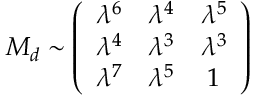
M _ { d } \sim \left( \begin{array} { c c c } { { \lambda ^ { 6 } } } & { { \lambda ^ { 4 } } } & { { \lambda ^ { 5 } } } \\ { { \lambda ^ { 4 } } } & { { \lambda ^ { 3 } } } & { { \lambda ^ { 3 } } } \\ { { \lambda ^ { 7 } } } & { { \lambda ^ { 5 } } } & { { 1 } } \end{array} \right)